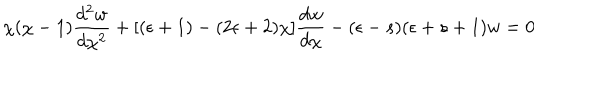
\chi ( \chi - 1 ) \frac { d ^ { 2 } w } { d \chi ^ { 2 } } + [ ( \epsilon + 1 ) - ( 2 \epsilon + 2 ) \chi ] \frac { d w } { d \chi } - ( \epsilon - s ) ( \epsilon + s + 1 ) w = 0